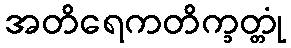
အတိရေကတိက္ခတ္တုံ